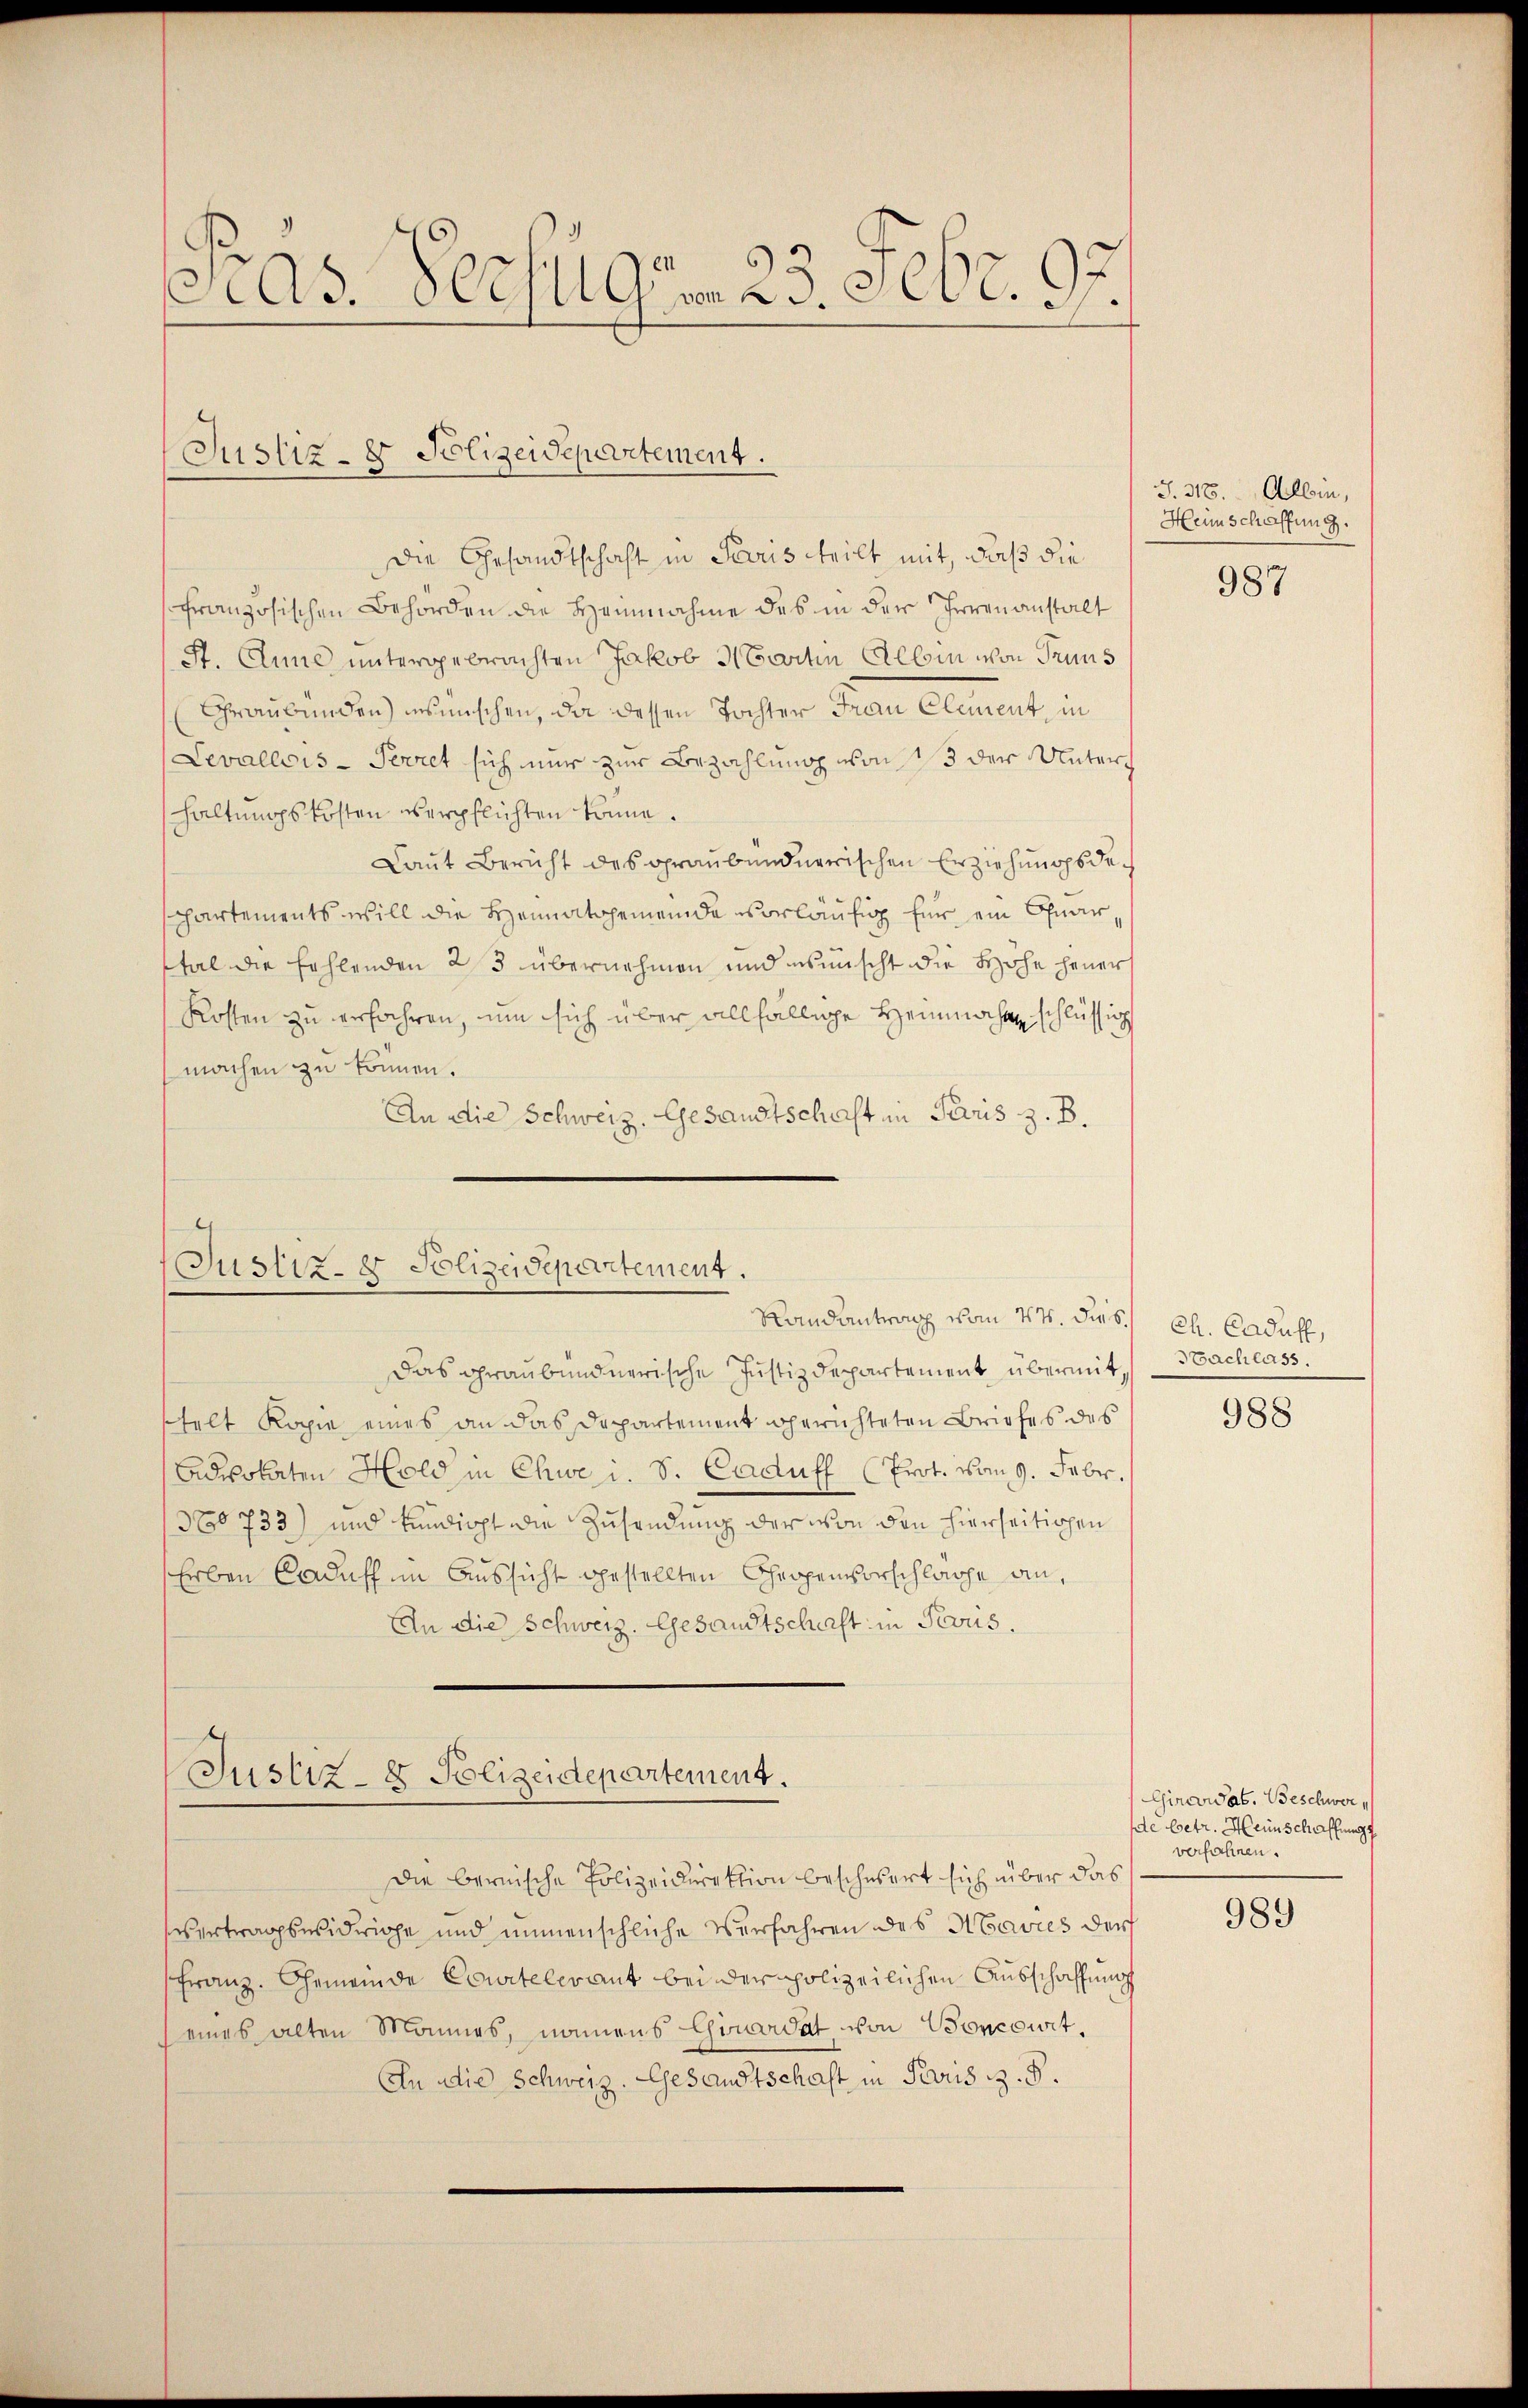
6)
As. Verfügen 23. Febr. 197

Justiz- & Polizeidepartement.

Die Gesandtschaft in Paris teilt mit, daß die
französischen Behörden die Heinnahme des in der Irrenanstalt
St. Anne untergebrachten Jakob Martin Albin von Pruns
Graubünden) insmischen, da dessen Tochter Frau Clement, in
Levallois - Perret sich nur zur Bezahlung von 13 der Unterhaltungskosten verpflichten könne.
Laut Bericht des Graubündnerischen Erziehungsdepartements will die Heimatgemeinde vorläufig für ein Quartal die Fehlenden 23 übernehmen und wünscht die Hohe heuer
Kosten zu erfahren, um sich über allfällige Heimahl schlüssig
machen zu können.
An die Schweiz. Gesandtschaft in Paris z. B.

Justiz- & Polizeidepartement.
Randantrag vom 27. Dies

Das Graubündnerische Justizdepartement übermit,
telt Kopie eines an das Departement gerichteten Briefes des
Advokaten Hold in Chwe i. S. Caduff (Prot. Von 9. Febr.
380733) und kundicht die Zusendung der von den hierseitigen
Erben Caduff im Aussicht gestellten Chropenvorschläge an,
An die Schweiz. Gesandtschaft in Perris.

Justiz- & Polizeidepartement.

Die bernische Polizeidirektion beschwert sich über das
vertragswidrige und unmenschliche Verfahren des Havres der
Franz. Gemeinde Courtelerant bei der polizeilichen Ausschaffung
eines alten Mannes, namens Chinardat von Boncourt,
An die Schweiz. Gesandtschaft in Paris z. B.

J. 318. Albin,
Heinschaffung.

987

Ch. Caduff,
Sachlass.

988

Cinciat. Beschwer
de betr. Heinschaffung
verfahren.

989